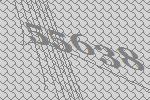
55638